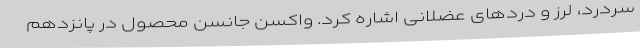
سردرد، لرز و دردهای عضلانی اشاره کرد. واکسن جانسن محصول در پانزدهم